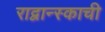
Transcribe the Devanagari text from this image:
राद्वान्स्काची